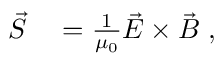
\begin{array} { r l } { \vec { S } } & { { } = \frac { 1 } { \mu _ { 0 } } \vec { E } \times \vec { B } \; , } \end{array}